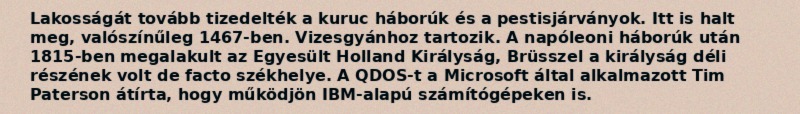
Lakosságát tovább tizedelték a kuruc háborúk és a pestisjárványok. Itt is halt meg, valószínűleg 1467-ben. Vizesgyánhoz tartozik. A napóleoni háborúk után 1815-ben megalakult az Egyesült Holland Királyság, Brüsszel a királyság déli részének volt de facto székhelye. A QDOS-t a Microsoft által alkalmazott Tim Paterson átírta, hogy működjön IBM-alapú számítógépeken is.